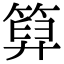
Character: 𥰩